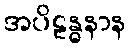
အပိဠန္ဓနာန